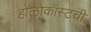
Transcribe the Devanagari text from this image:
होलोकॉस्टची